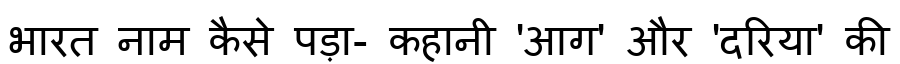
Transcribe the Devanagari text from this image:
भारत नाम कैसे पड़ा- कहानी 'आग' और 'दरिया' की